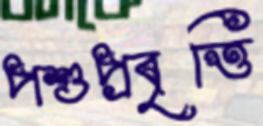
পশুপ্রবৃত্তি